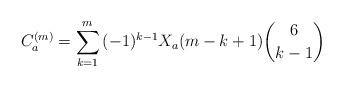
LaTeX: \begin{align*}C_{a}^{(m)}=\sum\limits_{k=1}^{m}{(-1)^{k-1}X_{a}(m-k+1)\binom{6}{k-1}}\end{align*}